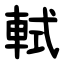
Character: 軾